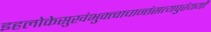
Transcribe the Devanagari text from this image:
इहलोकेसुखंभुक्त्वाचान्तंसत्यपुरंययौ